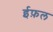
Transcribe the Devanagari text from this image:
ईफ़ल